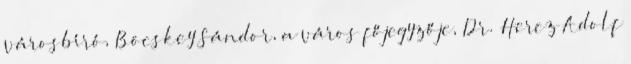
városbíró, Böcskey Sándor, a város főjegyzője, Dr. Hercz Adolf